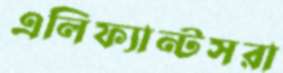
এলিফ্যান্টসরা